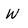
Character: W